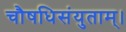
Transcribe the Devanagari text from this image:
चौषधिसंयुताम्।